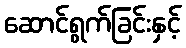
ဆောင်ရွက်ခြင်းနှင့်